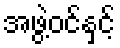
အဖွဲ့ဝင်နှင့်